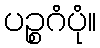
ပဉ္စဂံပုံ။